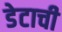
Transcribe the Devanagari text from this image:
डेटाची